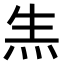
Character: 𤇓